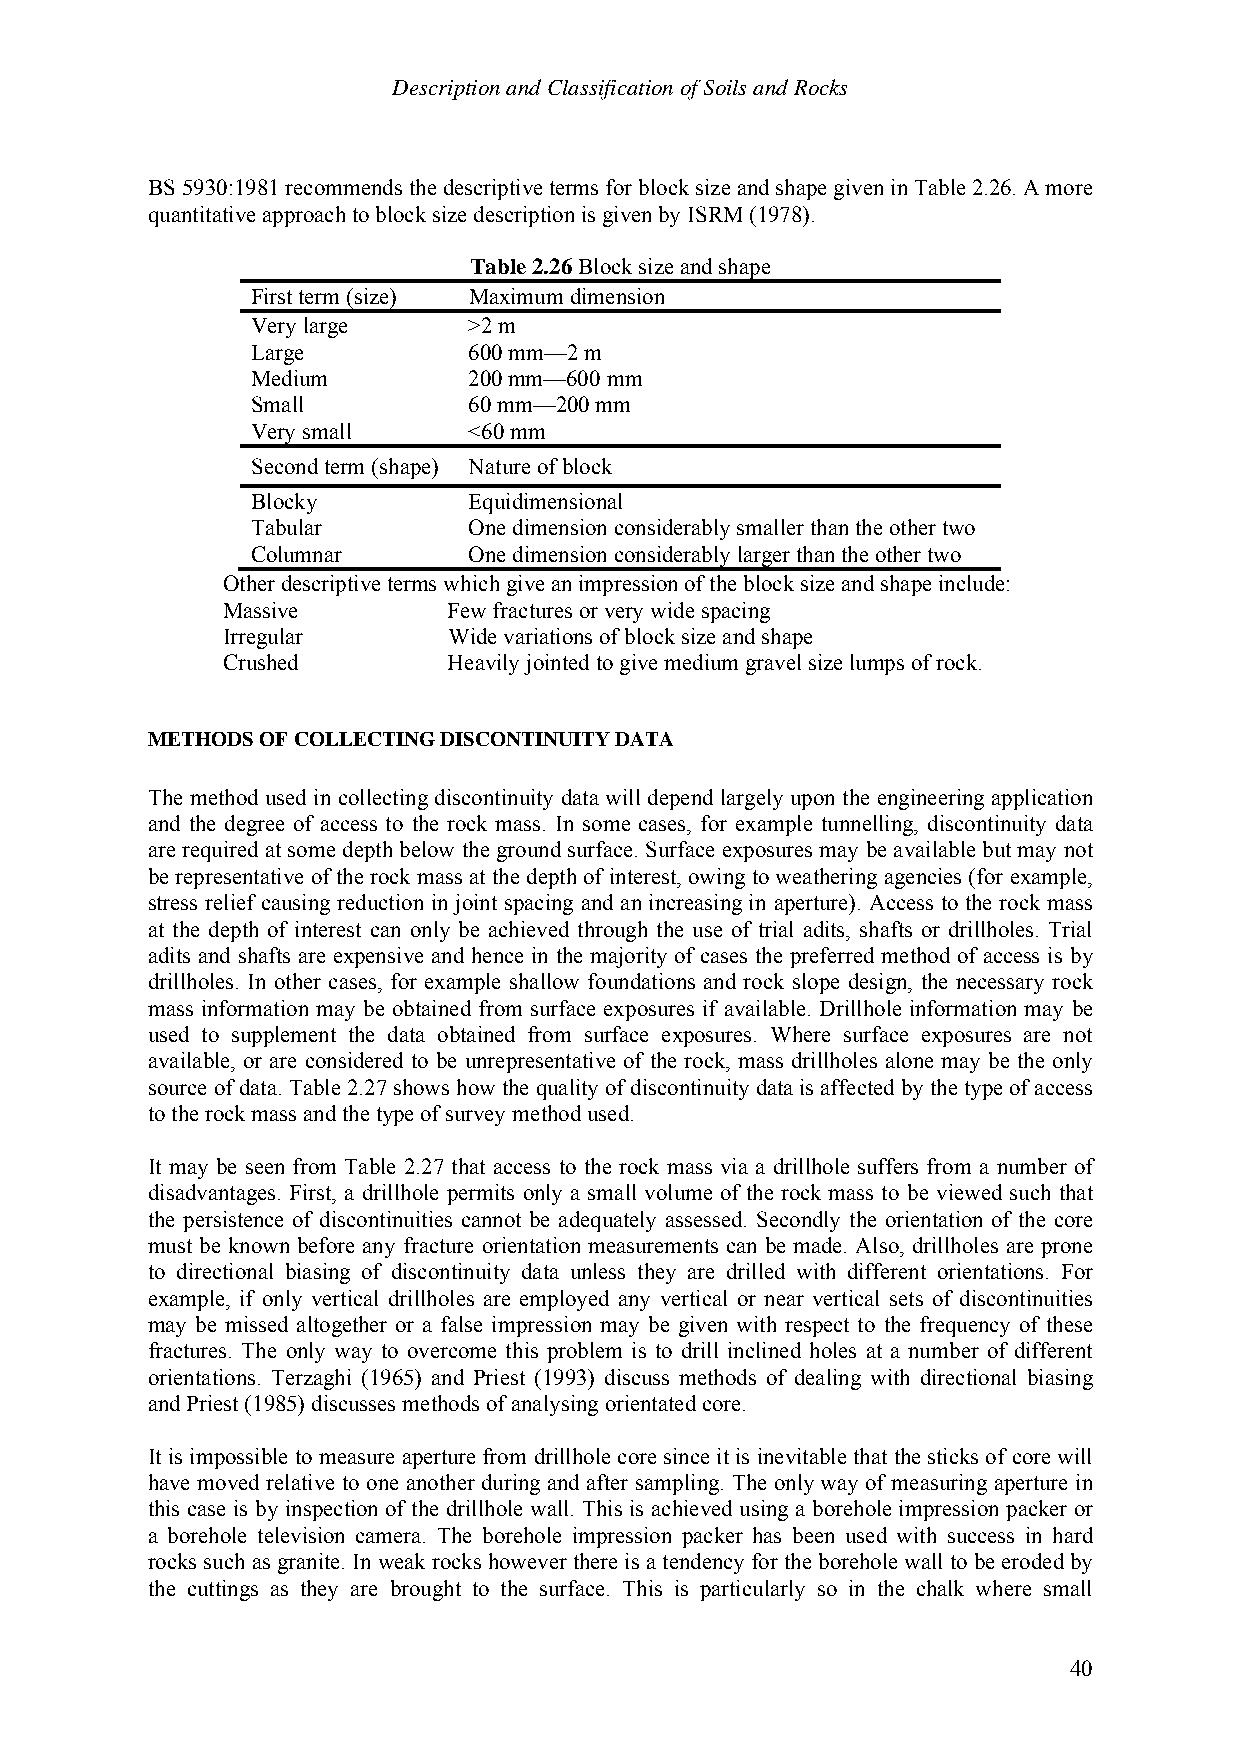
Description and Classification of Soils and Rocks
 BS 5930:1981 recommends the descriptive terms for block size and shape given in Table 2.26. A more
 quantitative approach to block size description is given by ISRM (1978).
 Table 2.26 Block size and shape
 First term (size) Maximum dimension
 Very large    >2 m
 Large         600 mm—2 m
 Medium        200 mm—600 mm
 Small         60 mm—200 mm
 Very small    <60 mm
 Second term (shape) Nature of block
 Blocky        Equidimensional
 Tabular       One dimension considerably smaller than the other two
 Columnar      One dimension considerably larger than the other two
 Other descriptive terms which give an impression of the block size and shape include:
 Massive        Few fractures or very wide spacing
 Irregular      Wide variations of block size and shape
 Crushed        Heavily jointed to give medium gravel size lumps of rock.
 METHODS OF COLLECTING DISCONTINUITY DATA
 The method used in collecting discontinuity data will depend largely upon the engineering application
 and the degree of access to the rock mass. In some cases, for example tunnelling, discontinuity data
 are required at some depth below the ground surface. Surface exposures may be available but may not
 be representative of the rock mass at the depth of interest, owing to weathering agencies (for example,
 stress relief causing reduction in joint spacing and an increasing in aperture). Access to the rock mass
 at the depth of interest can only be achieved through the use of trial adits, shafts or drillholes. Trial
 adits and shafts are expensive and hence in the majority of cases the preferred method of access is by
 drillholes. In other cases, for example shallow foundations and rock slope design, the necessary rock
 mass information may be obtained from surface exposures if available. Drillhole information may be
 used to supplement the data obtained from surface exposures. Where surface exposures are not
 available, or are considered to be unrepresentative of the rock, mass drillholes alone may be the only
 source of data. Table 2.27 shows how the quality of discontinuity data is affected by the type of access
 to the rock mass and the type of survey method used.
 It may be seen from Table 2.27 that access to the rock mass via a drillhole suffers from a number of
 disadvantages. First, a drillhole permits only a small volume of the rock mass to be viewed such that
 the persistence of discontinuities cannot be adequately assessed. Secondly the orientation of the core
 must be known before any fracture orientation measurements can be made. Also, drillholes are prone
 to directional biasing of discontinuity data unless they are drilled with different orientations. For
 example, if only vertical drillholes are employed any vertical or near vertical sets of discontinuities
 may be missed altogether or a false impression may be given with respect to the frequency of these
 fractures. The only way to overcome this problem is to drill inclined holes at a number of different
 orientations. Terzaghi (1965) and Priest (1993) discuss methods of dealing with directional biasing
 and Priest (1985) discusses methods of analysing orientated core.
 It is impossible to measure aperture from drillhole core since it is inevitable that the sticks of core will
 have moved relative to one another during and after sampling. The only way of measuring aperture in
 this case is by inspection of the drillhole wall. This is achieved using a borehole impression packer or
 a borehole television camera. The borehole impression packer has been used with success in hard
 rocks such as granite. In weak rocks however there is a tendency for the borehole wall to be eroded by
 the cuttings as they are brought to the surface. This is particularly so in the chalk where small
 40